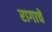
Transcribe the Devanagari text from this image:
रागाचें